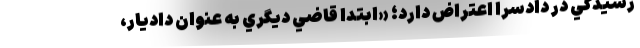
رسيدگي در دادسرا اعتراض دارد؛ «ابتدا قاضي ديگري به عنوان داديار،